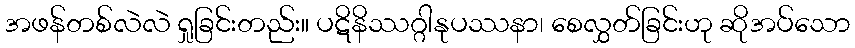
အဖန်တစ်လဲလဲ ရှုခြင်းတည်း။ ပဋိနိဿဂ္ဂါနုပဿနာ၊ စေလွှတ်ခြင်းဟု ဆိုအပ်သော